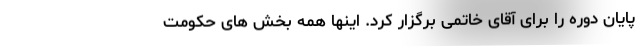
پایان دوره را برای آقای خاتمی برگزار کرد. اینها همه بخش های حکومت